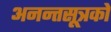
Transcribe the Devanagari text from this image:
अनन्तसूत्रको